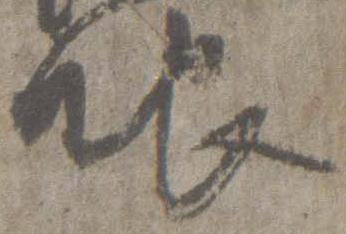
眼